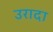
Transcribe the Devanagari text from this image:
उरादा